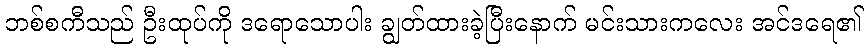
ဘစ်စကီသည် ဦးထုပ်ကို ဒရောသောပါး ချွတ်ထားခဲ့ပြီးနောက် မင်းသားကလေး အင်ဒရေ၏